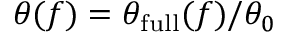
\theta ( f ) = \theta _ { \mathrm { f u l l } } ( f ) / \theta _ { 0 }